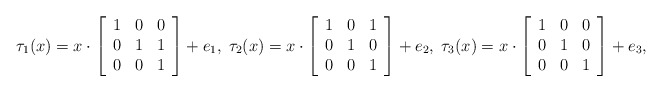
\begin{align*}\tau_1(x)=x\cdot\left[\begin{array}{ccc}1& 0& 0\\0 &1 &1\\0 &0& 1\end{array}\right]+e_1,\;\tau_2(x)=x\cdot\left[\begin{array}{ccc}1& 0& 1\\0& 1 &0\\0& 0& 1\end{array}\right]+e_2,\;\tau_3(x)=x\cdot\left[\begin{array}{ccc}1& 0& 0\\0 &1 &0\\0 &0& 1\end{array}\right]+e_3,\end{align*}